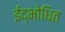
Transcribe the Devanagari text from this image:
ईद्भोधित